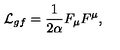
{ \cal L } _ { g f } = \frac 1 { 2 \alpha } F _ { \mu } F ^ { \mu } ,